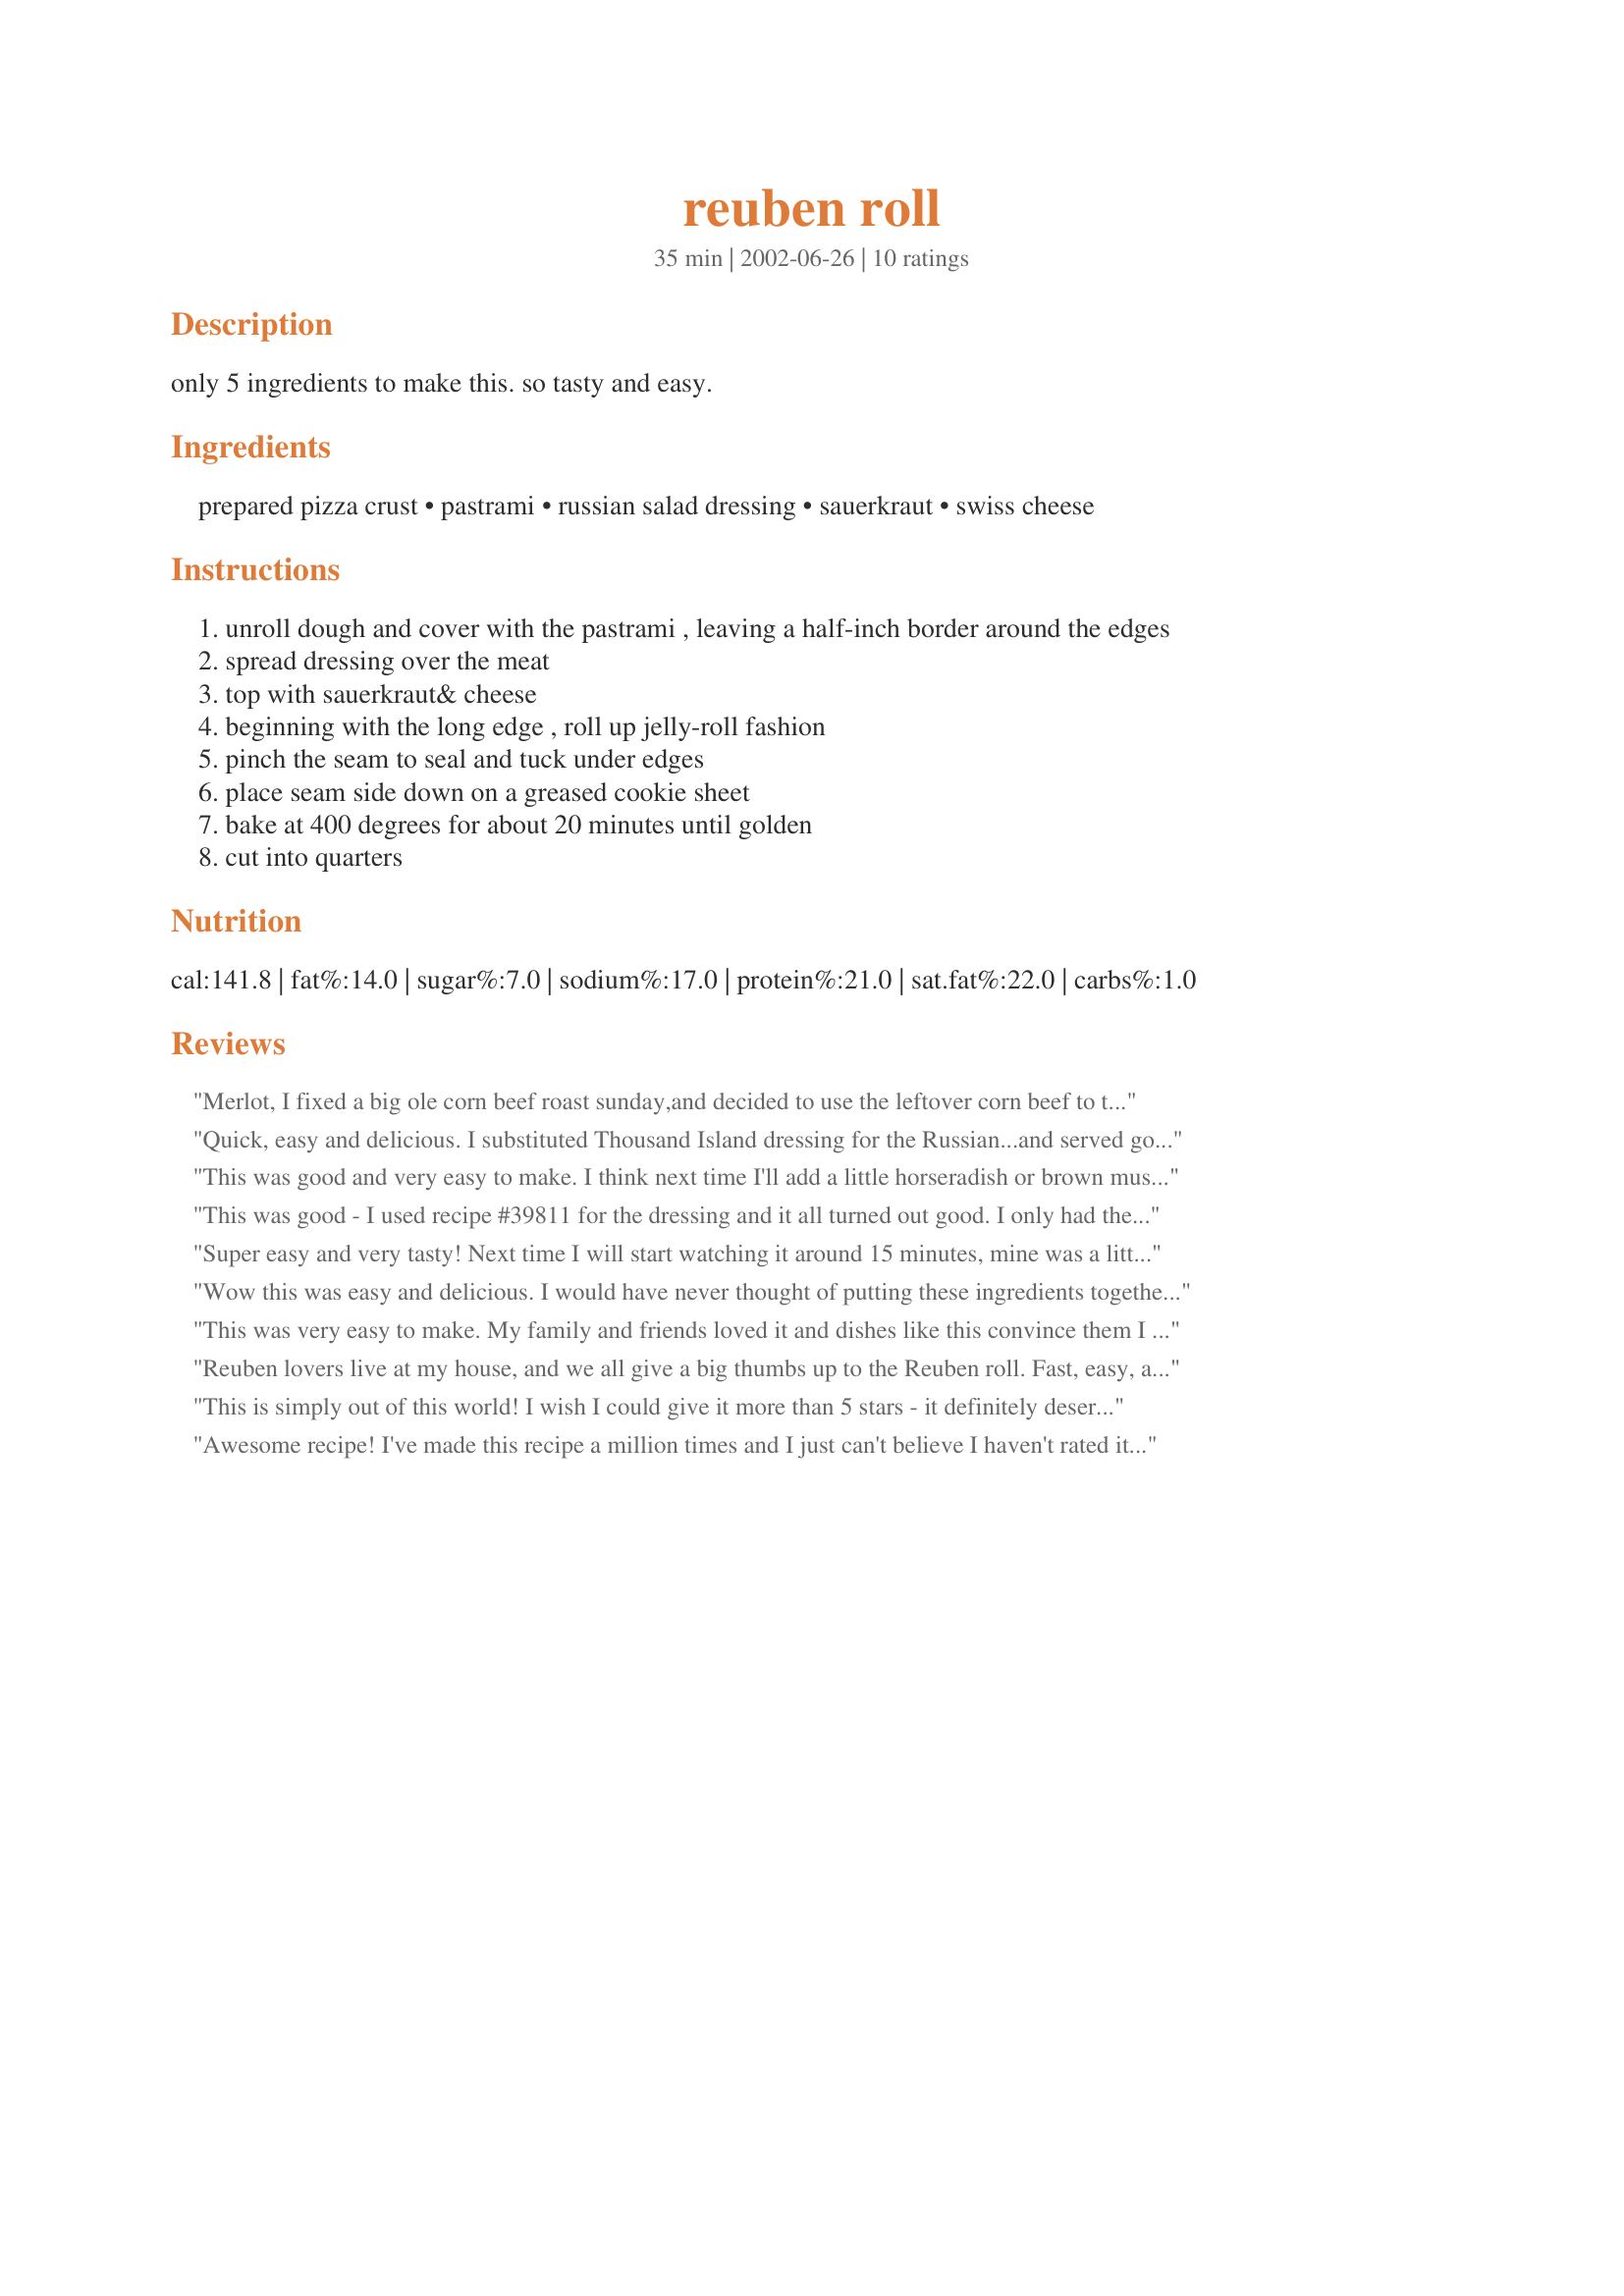
reuben roll
Preparation time: 35 minutes

only 5 ingredients to make this. so tasty and easy.

Ingredients:
prepared pizza crust, pastrami, russian salad dressing, sauerkraut, swiss cheese

Steps:
unroll dough and cover with the pastrami , leaving a half-inch border around the edges
spread dressing over the meat
top with sauerkraut& cheese
beginning with the long edge , roll up jelly-roll fashion
pinch the seam to seal and tuck under edges
place seam side down on a greased cookie sheet
bake at 400 degrees for about 20 minutes until golden
cut into quarters

Reviews:
Merlot,
 I fixed a big ole corn beef roast sunday,and decided to use the leftover corn beef to try this recipe as I LOVE Reuben sandwiches,I was so pleased with the outcome.
This was very easy to make,and Delicious!!!
Thanks!!!
Darlene Summers 

Quick, easy and delicious. I substituted Thousand Island dressing for the Russian...and served gourmet mustard alongside it for an added zing of flavor.
This was good and very easy to make. I think next time I'll add a little horseradish or brown mustard with the dressing just to spice it up a bit, but I like either of those on my Reuben sandwiches too. Thanks Merlot for a great idea!
This was good - I used recipe #39811 for the dressing and it all turned out good. I only had the canned corn beef on hand so we used it next time I'll get the deli corned beef or pastrami - it should be easier to roll with that.
Super easy and very tasty! Next time I will start watching it around 15 minutes, mine was a little darker than I'd prefer. Also will add some brown mustard next time, as another poster mentioned, to give it a little more kick.
Wow this was easy and delicious. I would have never thought of putting these ingredients together. The kids weren't crazy about the sauerkraut, but then I don't know a child that is. I loved the sauerkraut as it gave it a nice tangy taste. I'll be making this again. Thanks Merlot.
This was very easy to make. My family and friends loved it and dishes like this convince them I am a great cook. I used frozen bread dough instead of pizza crust and it came out beautiful!
Reuben lovers live at my house, and we all give a big thumbs up to the Reuben roll. Fast, easy, and delicious-a real winner! I used homemade Russian dressing, too! Thanks, Merlot, for this wonderful dish.
This is simply out of this world! I wish I could give it more than 5 stars - it definitely deserves it! 

I didn't expect the sweetness - must be from the Russian dressing in combination with the sauerkraut. I generally use Thousand Island dressing on my Rueben sandwiches. Maybe next time I should try the Russian dressing instead.

I will be making this again. In fact, son asked for it again for tomorrow night before we had finished eating it today! A definite keeper!
Awesome recipe! I've made this recipe a million times and I just can't believe I haven't rated it yet. I double the amounts of everything. I don't like a lotta bread, I like fillers! This is THE BEST Reuben Roll I have ever had. I made as directed and just used more of everything on a 13 oz. Pillsburry pizza crust. A gazillion stars!!
